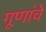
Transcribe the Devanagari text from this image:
गूणांचे